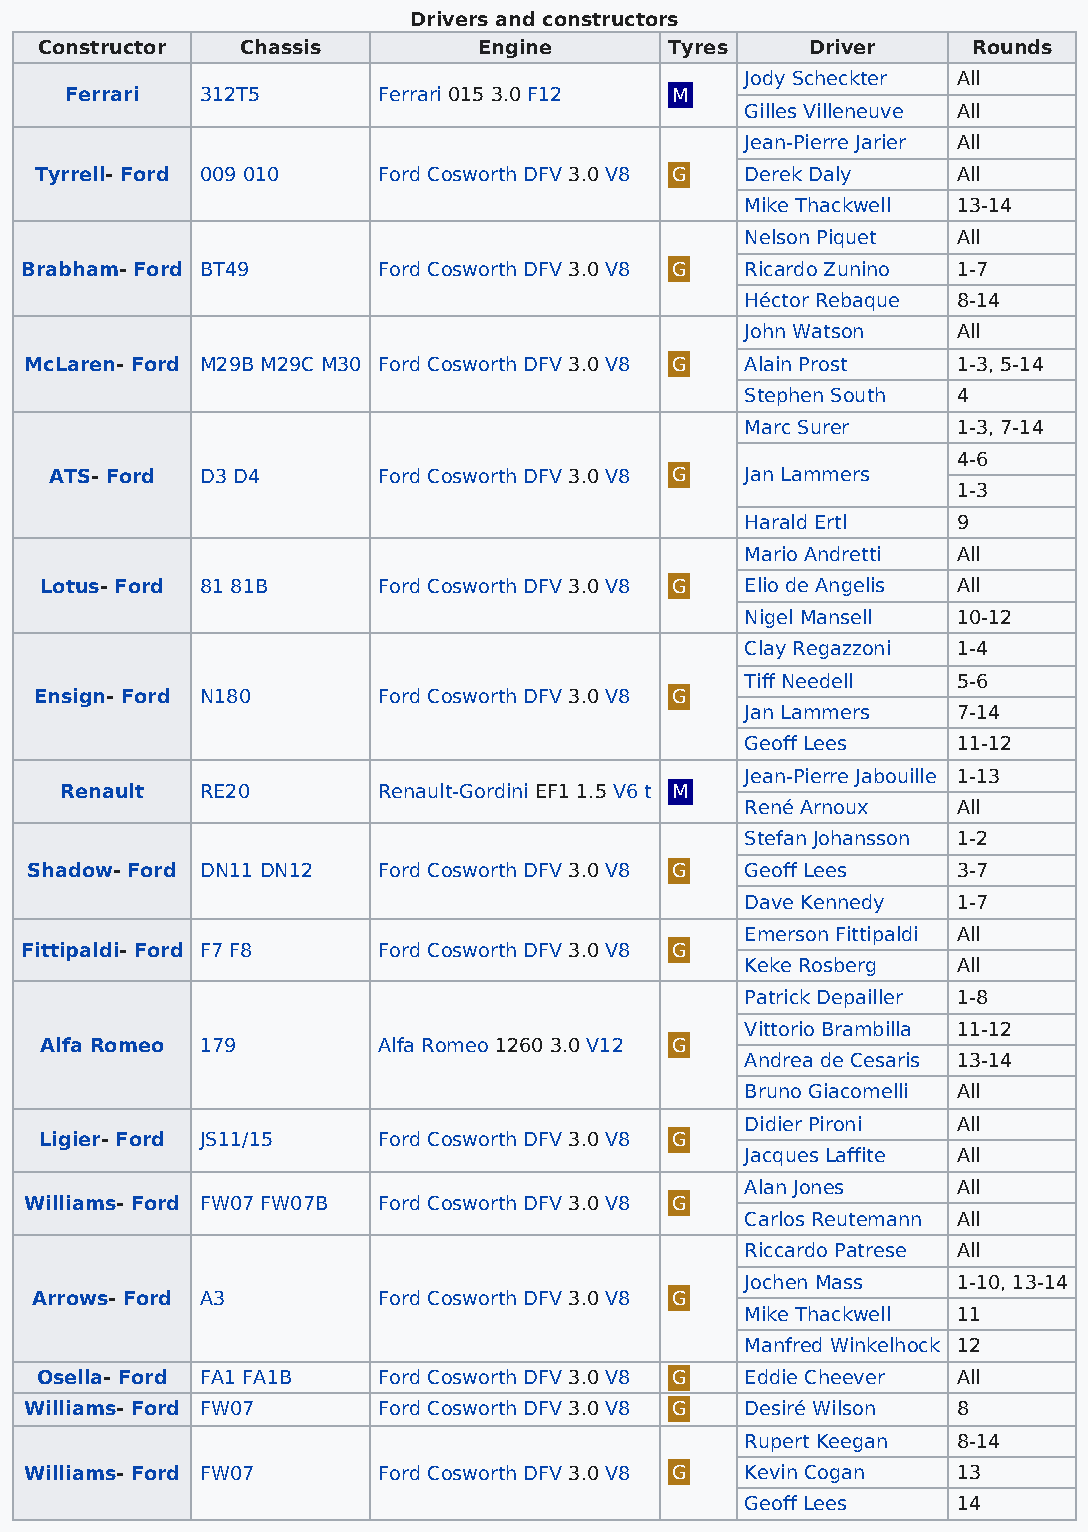
Drivers and constructors
 Constructor  Chassis         Engine      Tyres     Driver    Rounds
 Jody Scheckter All
 Ferrari  312T5       Ferrari 015 3.0 F12 M
 Gilles Villeneuve All
 Jean-Pierre Jarier All
 Tyrrell- Ford 009 010  Ford Cosworth DFV 3.0 V8 G Derek Daly All
 Mike Thackwell 13-14
 Nelson Piquet All
 Brabham- Ford BT49      Ford Cosworth DFV 3.0 V8 G Ricardo Zunino 1-7
 Héctor Rebaque 8-14
 John Watson   All
 McLaren- Ford M29B M29C M30 Ford Cosworth DFV 3.0 V8 G Alain Prost 1-3, 5-14
 Stephen South 4
 Marc Surer    1-3, 7-14
 4-6
 ATS- Ford D3 D4       Ford Cosworth DFV 3.0 V8 G Jan Lammers
 1-3
 Harald Ertl   9
 Mario Andretti All
 Lotus- Ford 81 81B    Ford Cosworth DFV 3.0 V8 G Elio de Angelis All
 Nigel Mansell 10-12
 Clay Regazzoni 1-4
 Tiff Needell  5-6
 Ensign- Ford N180      Ford Cosworth DFV 3.0 V8 G
 Jan Lammers   7-14
 Geoff Lees    11-12
 Jean-Pierre Jabouille 1-13
 Renault  RE20        Renault-Gordini EF1 1.5 V6 t M
 René Arnoux   All
 Stefan Johansson 1-2
 Shadow- Ford DN11 DN12 Ford Cosworth DFV 3.0 V8 G Geoff Lees 3-7
 Dave Kennedy  1-7
 Emerson Fittipaldi All
 Fittipaldi- Ford F7 F8  Ford Cosworth DFV 3.0 V8 G
 Keke Rosberg  All
 Patrick Depailler 1-8
 Vittorio Brambilla 11-12
 Alfa Romeo 179        Alfa Romeo 1260 3.0 V12 G
 Andrea de Cesaris 13-14
 Bruno Giacomelli All
 Didier Pironi All
 Ligier- Ford JS11/15  Ford Cosworth DFV 3.0 V8 G
 Jacques Laffite All
 Alan Jones    All
 Williams- Ford FW07 FW07B Ford Cosworth DFV 3.0 V8 G
 Carlos Reutemann All
 Riccardo Patrese All
 Jochen Mass   1-10, 13-14
 Arrows- Ford A3        Ford Cosworth DFV 3.0 V8 G
 Mike Thackwell 11
 Manfred Winkelhock 12
 Osella- Ford FA1 FA1B  Ford Cosworth DFV 3.0 V8 G Eddie Cheever All
 Williams- Ford FW07    Ford Cosworth DFV 3.0 V8 G Desiré Wilson 8
 Rupert Keegan 8-14
 Williams- Ford FW07    Ford Cosworth DFV 3.0 V8 G Kevin Cogan 13
 Geoff Lees    14